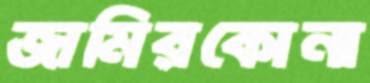
জামিরকোনা